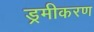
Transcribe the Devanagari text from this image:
ड्रमीकरण